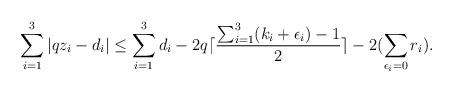
LaTeX: \begin{align*}\sum_{i=1}^3 |qz_i - d_i| \le \sum_{i=1}^3 d_i -2 q\lceil \frac{\sum_{i=1}^3 (k_i + \epsilon_i)-1}{2}\rceil - 2(\sum_{\epsilon_i=0}r_i).\end{align*}